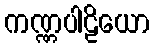
ကဏ္ဏပါဠိယော